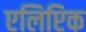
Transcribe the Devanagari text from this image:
एलिप्टिक